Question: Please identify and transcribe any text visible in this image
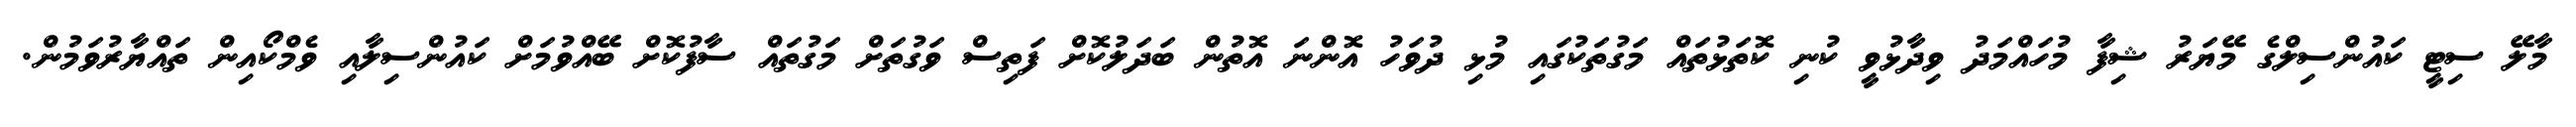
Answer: މާލޭ ސިޓީ ކައުންސިލްގެ މޭޔަރު ޝިފާ މުހައްމަދު ވިދާޅުވީ ކުނި ކޮތަޅުތައް މަގުތަކުގައި މުޅި ދުވަހު އޮންނަ އޮތުން ބަދަލުކޮށް ފަތިސް ވަގުތަށް މަގުތައް ސާފުކޮށް ބޭއްވުމަށް ކައުންސިލާއި ވެމްކޯއިން ތައްޔާރުވަމުން.